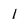
Character: l